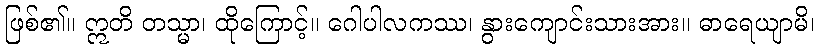
ဖြစ်၏။ ဣတိ တသ္မာ၊ ထိုကြောင့်။ ဂေါပါလကဿ၊ နွားကျောင်းသားအား။ ဓာရေယျာမိ၊